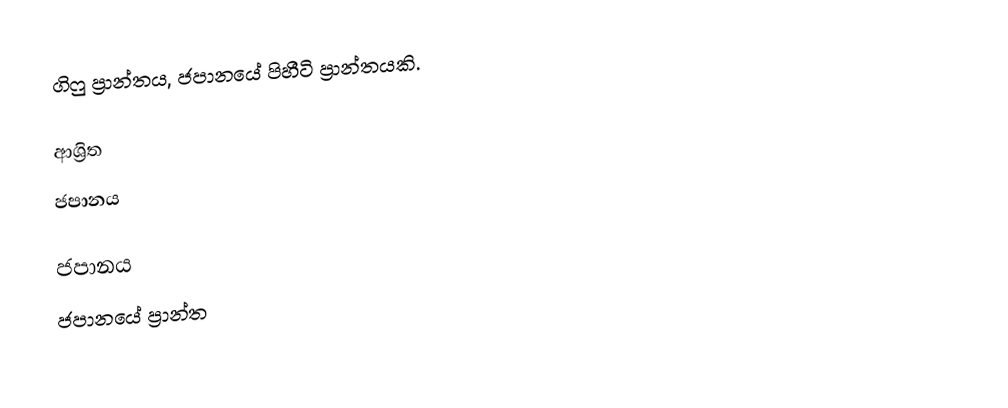
ගිෆු ප්‍රාන්තය, ජපානයේ පිහීටි ප්‍රාන්තයකි.

ආශ්‍රිත
 ජපානය

ජපානය
ජපානයේ ප්‍රාන්ත